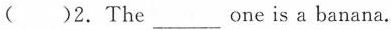
( )2.The ___ one is a banana.